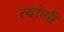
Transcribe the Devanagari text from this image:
त्यांणी